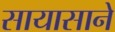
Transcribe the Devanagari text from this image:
सायासाने